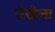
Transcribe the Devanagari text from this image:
संखेला